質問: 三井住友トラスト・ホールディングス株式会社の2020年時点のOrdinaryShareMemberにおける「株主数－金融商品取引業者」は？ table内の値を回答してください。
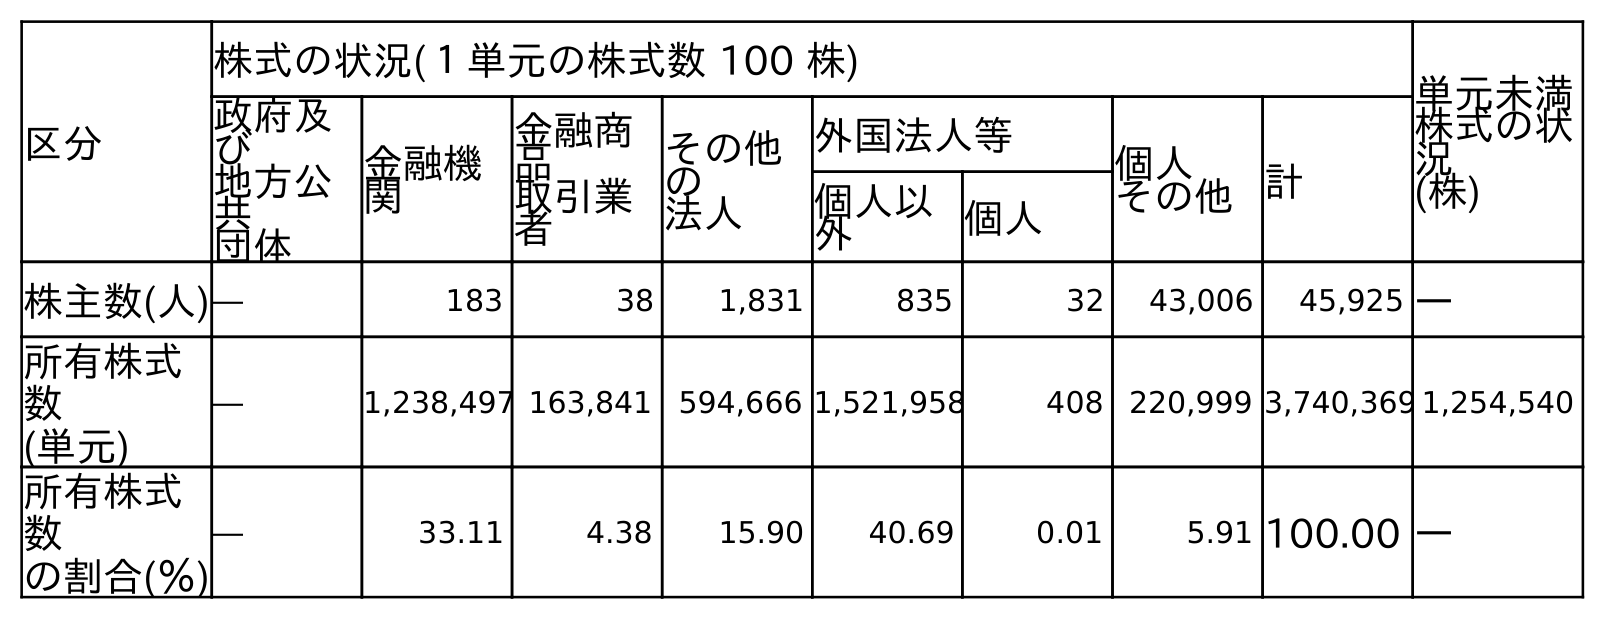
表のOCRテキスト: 区分 株式の状況(１単元の株式数 100 株) 単元未満 株式の状 況 (株) 政府及 び 地方公 共 団体 金融機 関 金融商 品 取引業 者 その他 の 法人 外国法人等 個人 その他計 個人以 外 個人 株主数(人)― 183 38 1,831 835 32 43,006 45,925 ― 所有株式 数 (単元) ― 1,238,497 163,841 594,666 1,521,958 408 220,999 3,740,369 1,254,540 所有株式 数 の割合(％) ― 33.11 4.38 15.90 40.69 0.01 5.91 100.00 ―
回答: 38